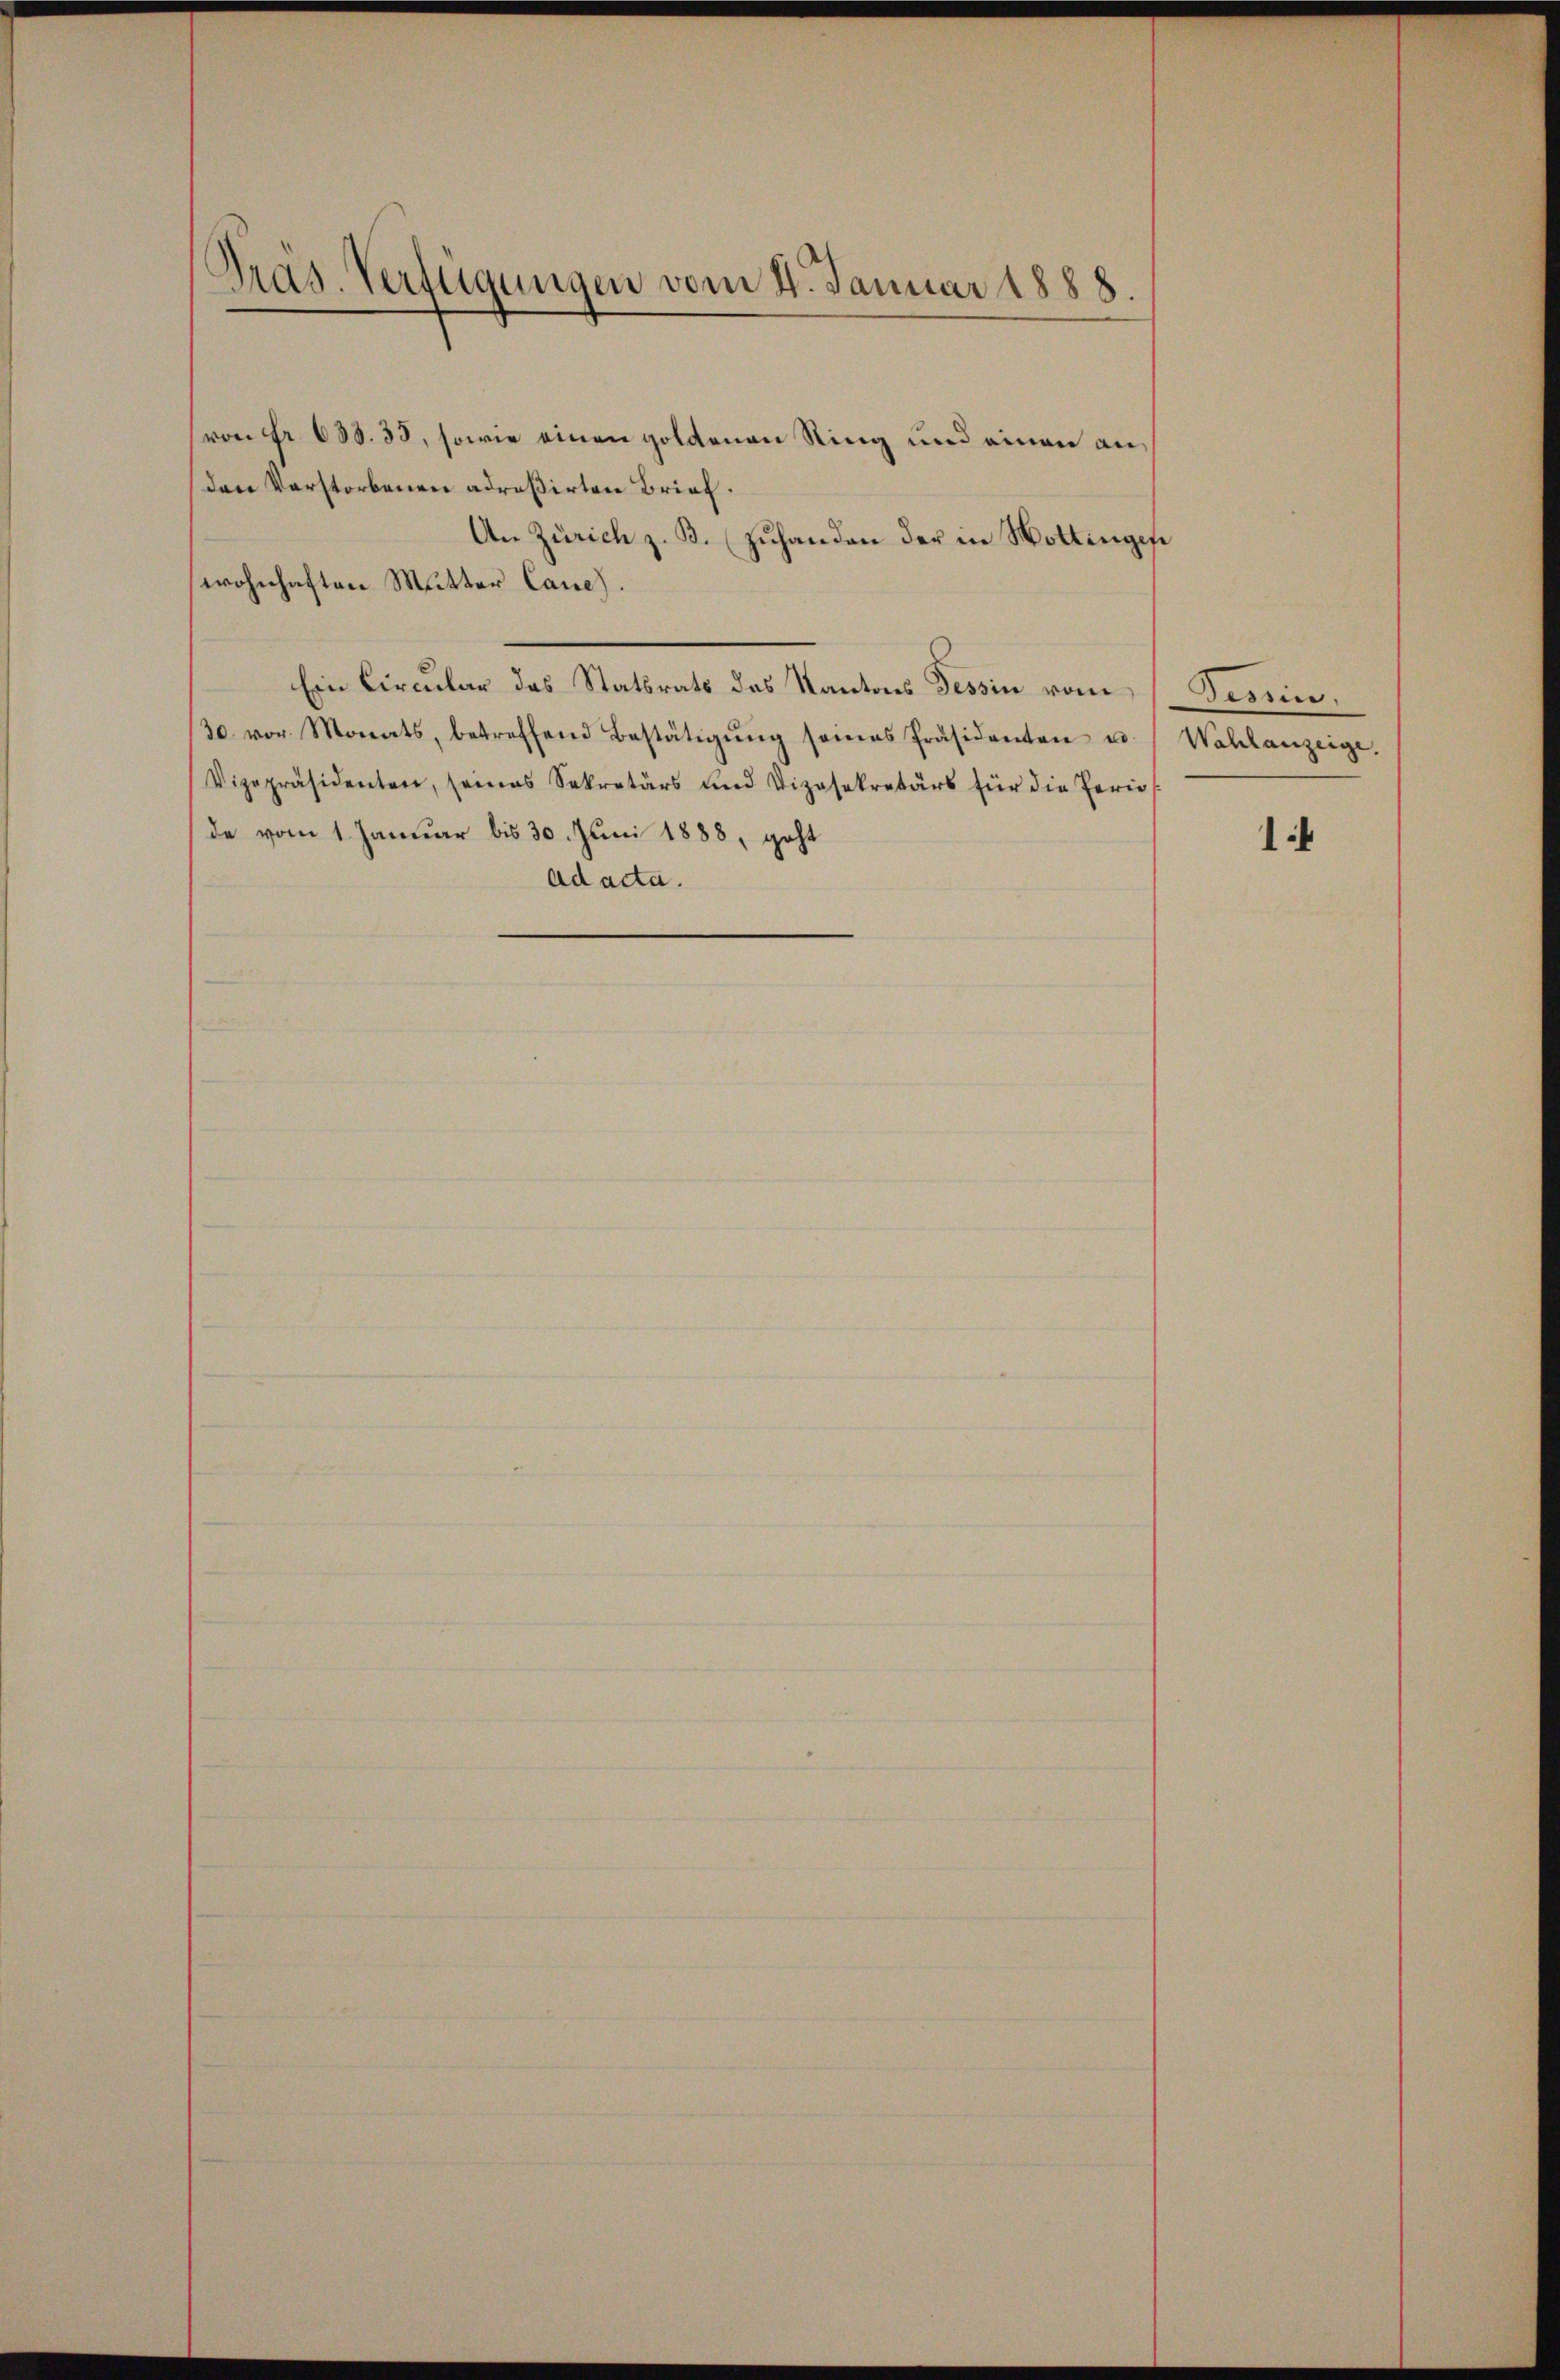
Präs. Verfügungen vom 4. Januar 1888.

von Fr. 688. 35, sowie einen goldenen Ring und einen an¬
Den Verstorbenen adreßirten Brief.
An Zürich z. B. zuhanden der in Hottingese
wohnhaften Mutter Cane).
Ein Circular das Statsrats des Kantons Tessin vom Tessin.
30. vor. Monats, betreffend Bestätigŭng seines Präsidenten u. Wahlanzeige.
Vizepräsidenten, seines Sekretärs und Vizasekretärs für die Peri
de vom 1. Januar bis 30. Juni 1888, geht
ad acta.

1.